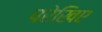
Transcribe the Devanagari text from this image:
परेखिए